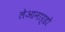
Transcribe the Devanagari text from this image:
लेआनार्डो